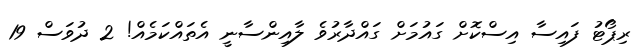
ރިޕޯޓު ފައިސާ އިސްކޮށް ގައުމަށް ގައްދާރުވެ ލާއިންސާނީ އެތައްކަމެއް! 2 ދުވަސް 19